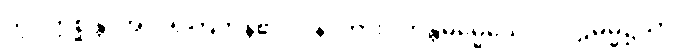
သို့။ ဣစ္ဆန္တိ၊ အလိုရှိကြကုန်၏။ ပန၊ ကား။ တန္တိဓမ္မေယေဝ၊ ပါဠိဓမ္မ၌သာ။